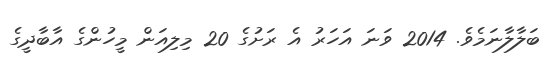
ބަލާލާނަމެވެ. 2014 ވަނަ އަހަރު އެ ރަށުގެ 20 މިލިއަން މީހުންގެ އާބާދީގެ